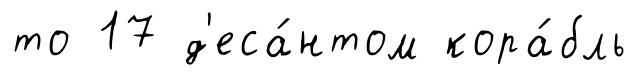
то 17 д'еса́нтом кора́бль